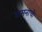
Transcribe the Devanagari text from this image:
वामनाची